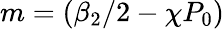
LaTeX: m=({\beta_{2}}/{2}-\chi P_{0})